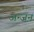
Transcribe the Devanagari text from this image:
अन्जन